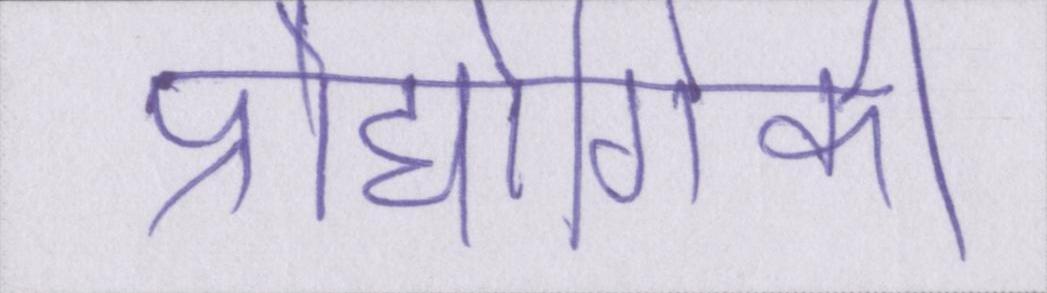
प्रौद्योगिकी